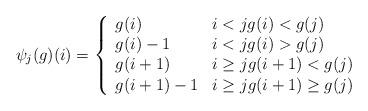
LaTeX: \begin{align*}\psi_j(g)(i) = \left\{\begin{array}{ll}g(i) & i<j g(i)<g(j) \\g(i)-1 & i<j g(i)>g(j) \\g(i+1) & i\ge j g(i+1)<g(j) \\g(i+1)-1 & i\ge j g(i+1)\ge g(j) \end{array}\right.\end{align*}